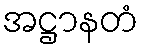
အဋ္ဌာနတံ